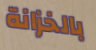
بالخزانة